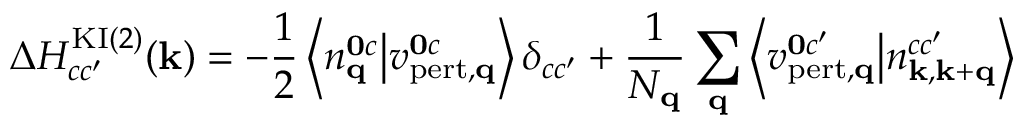
\Delta H _ { c c ^ { \prime } } ^ { \mathrm { K I } ( 2 ) } ( \mathbf { k } ) = - \frac { 1 } { 2 } \left\langle n _ { \mathbf { q } } ^ { \mathbf { 0 } c } \middle | v _ { \mathrm { p e r t , \mathbf { q } } } ^ { \mathbf { 0 } c } \right\rangle \delta _ { c c ^ { \prime } } + \frac { 1 } { N _ { \mathbf { q } } } \sum _ { \mathbf { q } } \left\langle v _ { \mathrm { p e r t } , \mathbf { q } } ^ { \mathbf { 0 } c ^ { \prime } } \middle | n _ { \mathbf { k } , \mathbf { k } + \mathbf { q } } ^ { c c ^ { \prime } } \right\rangle